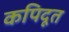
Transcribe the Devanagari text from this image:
कपिदूत